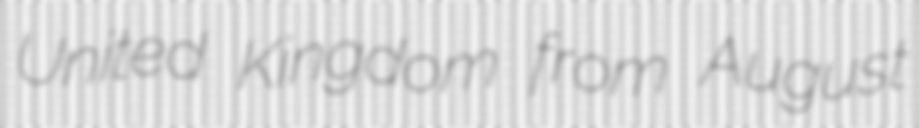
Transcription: United Kingdom from August